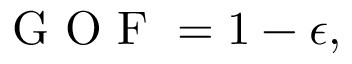
\begin{array} { r } { \mathrm { ~ G ~ O ~ F ~ } = 1 - \epsilon , } \end{array}